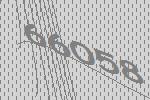
66058